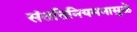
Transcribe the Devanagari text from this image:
संततिनियमनामुळे